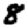
Digit: 8